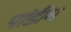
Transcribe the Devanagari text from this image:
पांडीम